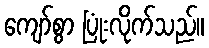
ကျော်စွာ ပြုံးလိုက်သည်။